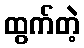
ထွက်တဲ့